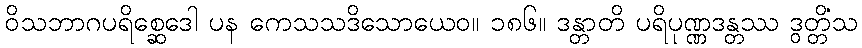
ဝိသဘာဂပရိစ္ဆေဒေါ ပန ကေသသဒိသောယေဝ။ ၁၈၆။ ဒန္တာတိ ပရိပုဏ္ဏဒန္တဿ ဒွတ္တိံသ